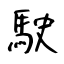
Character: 駛